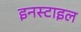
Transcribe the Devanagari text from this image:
इनस्टाइल